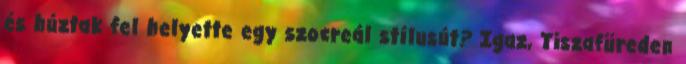
és húztak fel helyette egy szocreál stílusút? Igaz, Tiszafüreden